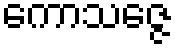
ကောသဇ္ဇေ